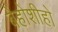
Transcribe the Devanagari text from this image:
बेहोशीहो